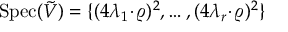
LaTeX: \mathrm { S p e c } ( \tilde { V } ) = \{ ( 4 \lambda _ { 1 } \! \cdot \! \varrho ) ^ { 2 } , \ldots , ( 4 \lambda _ { r } \! \cdot \! \varrho ) ^ { 2 } \}